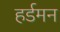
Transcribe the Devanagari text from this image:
हर्डमन